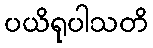
ပယိရုပါသတိ